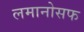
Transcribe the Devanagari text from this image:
लमानोसफ